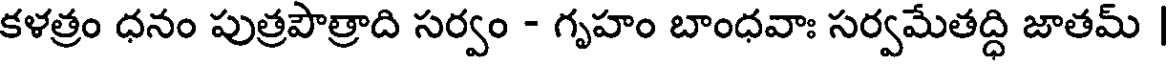
కళత్రం ధనం పుత్రపౌత్రాది సర్వం - గృహం బాంధవాః సర్వమేతద్ధి జాతమ్